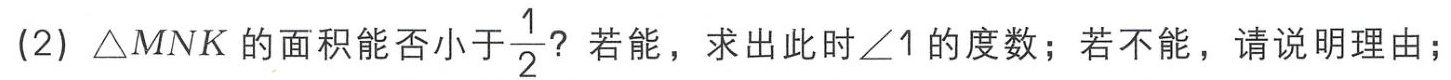
(2) \(\triangle MNK\) 的面积能否小于\(\frac{1}{2}\)？若能，求出此时\(\angle 1\)的度数；若不能，请说明理由；